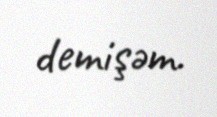
demişәm.